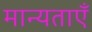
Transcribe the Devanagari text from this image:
मान्‍यताएँ